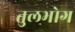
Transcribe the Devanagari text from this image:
तुलभोग